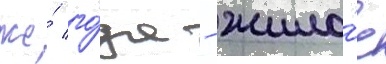
же́ го́да - жило́е